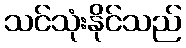
သင်သုံးနိုင်သည်